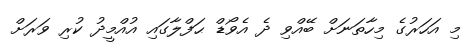
މި އަހަރުގެ މިހާތަނަށް ބޭއްވި ދެ އެވޯޑް ޙަފްލާގައި އުއްމީދު ކުރި ވަރަށް